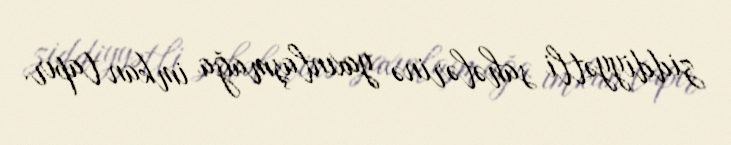
ziddiyyətli sahələrinə yaxınlaşmağa imkan tapır.